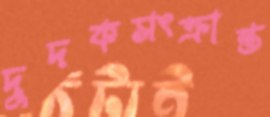
দুদকসংক্রান্ত